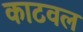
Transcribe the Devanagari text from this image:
काटवल